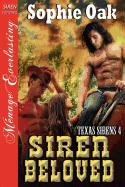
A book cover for Siren Beloved [Texas Sirens 4] (Siren Publishing Menage Everlasting); Sophie Oak; Romance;